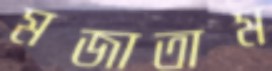
মজাতাম